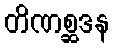
တိဏစ္ဆဒန